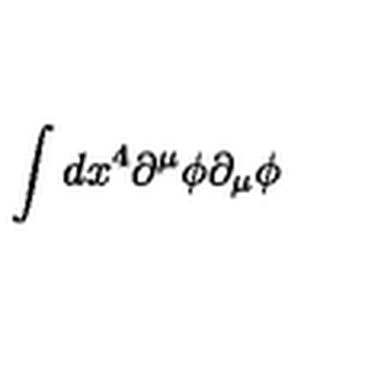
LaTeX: \int d x ^ { 4 } \partial ^ { \mu } \phi \partial _ { \mu } \phi